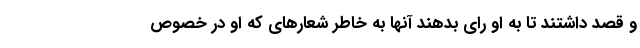
و قصد داشتند تا به او رای بدهند آنها به خاطر شعارهای که او در خصوص